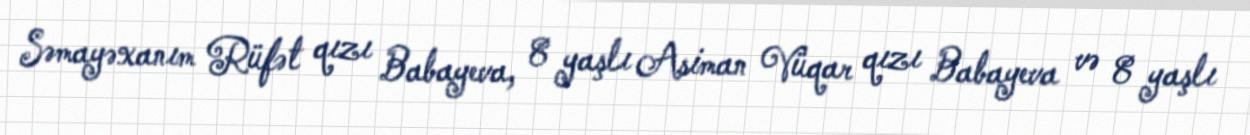
Səmayəxanım Rüfət qızı Babayeva, 8 yaşlı Asiman Vüqar qızı Babayeva və 8 yaşlı